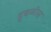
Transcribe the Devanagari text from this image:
हुबळीस